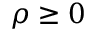
\rho \ge 0